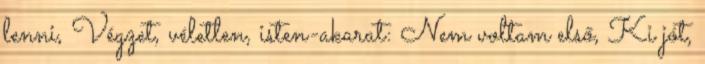
lenni, Végzet, véletlen, isten-akarat: Nem voltam első, Ki jót,